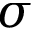
\sigma